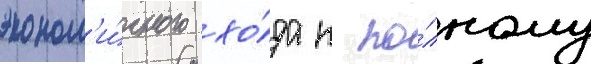
эконом'и́чного хо́да к по́лному